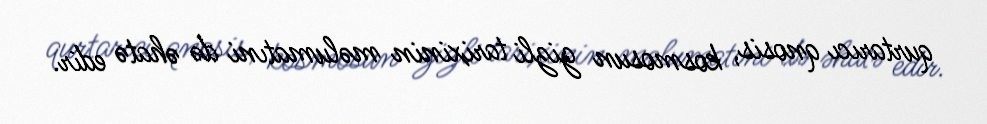
qurtarıcı qnosis, kosmosun gizli tarixinin məlumatıni də əhatə edir.